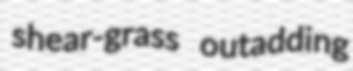
shear-grass outadding